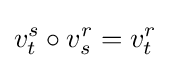
v_{t}^{s}\circ v_{s}^{r}=v_{t}^{r}